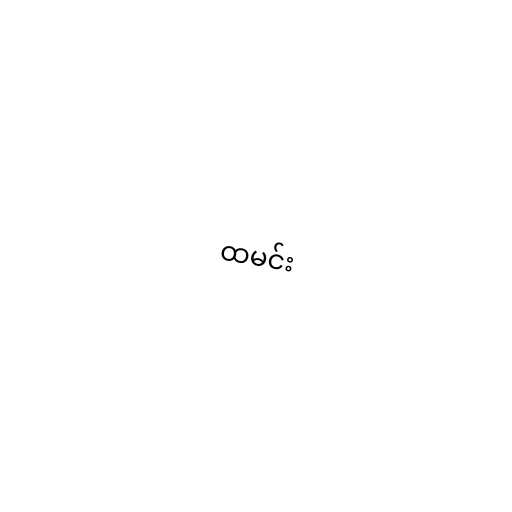
ထမင်း